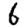
Digit: 6